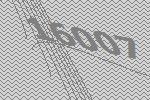
16007